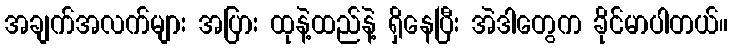
အချက်အလက်များ အပြား ထုနဲ့ထည်နဲ့ ရှိနေပြီး အဲဒါတွေက ခိုင်မာပါတယ်။